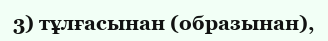
3) тұлғасынан (образынан),